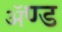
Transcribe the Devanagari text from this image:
ॲण्‍ड